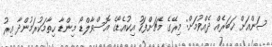
ސަންއަށް ޚަބަރެއް ދެއްވުމަށް: މިރޭގެ މެޗަށްފަހު އިކުއެޑޯގެ އޮސްވާލްޑޯ މިންޑާ ހިތާމަކުރަމުންދާ އިރު